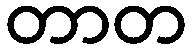
တာတ